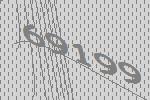
69199